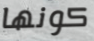
كونها